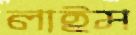
লাইম